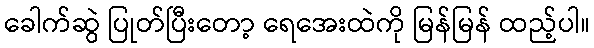
ခေါက်ဆွဲ ပြုတ်ပြီးတော့ ရေအေးထဲကို မြန်မြန် ထည့်ပါ။